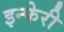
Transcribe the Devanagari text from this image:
इन्फेरी